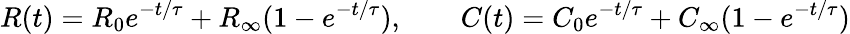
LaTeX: R(t)=R_{0}e^{-t/\tau}+R_{\infty}(1-e^{-t/\tau}),\qquad C(t)=C_{0}e^{-t/\tau}+C_{\infty}(1-e^{-t/\tau})